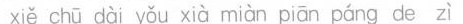
xiě chū dài yǒu xià miàn páng de zì